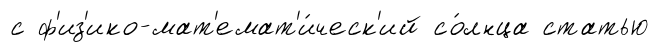
с ф'из'ико-мат'емат'и́ческ'ий со́лнца статью